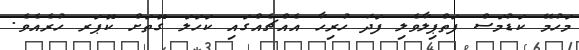
މަހުމޭ ކަޑުމަސް ފަތްޕިލާވެލި ފަދަ ހުރިހާ އެއްޗެއްގައި ކަހަލަ ގޮތަށް ކޮޕަރ ހުރެއެވެ.